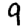
Digit: 9